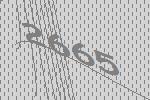
2665